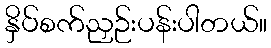
နှိပ်စက်ညှဉ်းပန်းပါတယ်။